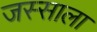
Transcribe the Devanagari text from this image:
जस्साला